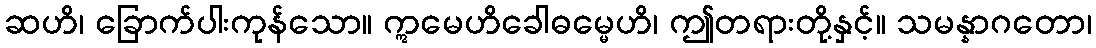
ဆဟိ၊ ခြောက်ပါးကုန်သော။ ဣမေဟိခေါဓမ္မေဟိ၊ ဤတရားတို့နှင့်။ သမန္နာဂတော၊